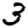
Digit: 3